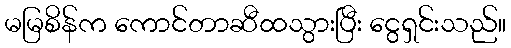
မမြစိန်က ကောင်တာဆီထသွားပြီး ငွေရှင်းသည်။